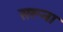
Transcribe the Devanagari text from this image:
सरूना